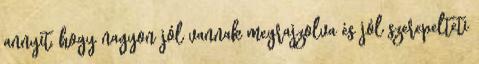
annyit, hogy nagyon jól vannak megrajzolva és jól szerepelteti